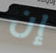
إن